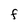
Character: F